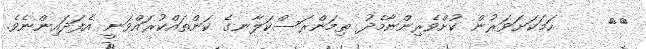
٣٤     ހަމަކަށަވަރުން ކުށްވެރިންނާމެދު ތިމަންރަސްކަލާނގެ ކަންތައްކުރައްވަނީ އެފަދައިންނެވެ.